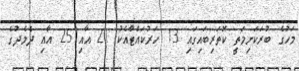
މަހުގެ ބުރަކަށިމަތީ ކޮތަރިބައިގައި 13 ހަރުކައްޓާއެކު 21 އާއި 25 އާއި ދެމެދުގެ